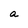
Character: a